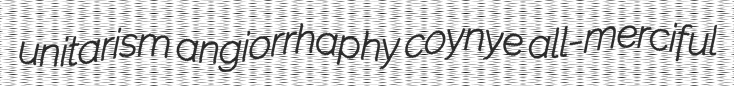
unitarism angiorrhaphy coynye all-merciful